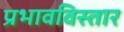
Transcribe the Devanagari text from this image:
प्रभावविस्तार